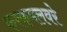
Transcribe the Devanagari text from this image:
करकमलवरे